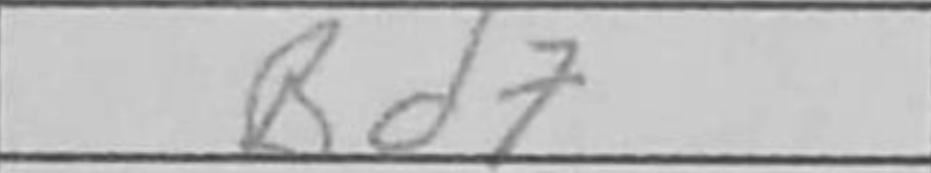
Transcription: Bd7